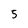
Character: 5